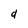
Character: d